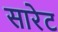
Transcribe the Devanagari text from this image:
सारेट